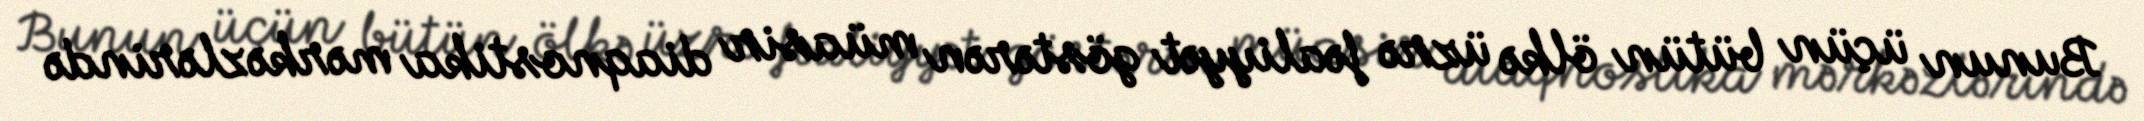
Bunun üçün bütün ölkə üzrə fəaliyyət göstərən müasir diaqnostika mərkəzlərində